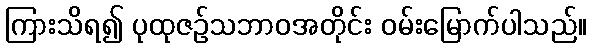
ကြားသိရ၍ ပုထုဇဉ်သဘာဝအတိုင်း ဝမ်းမြောက်ပါသည်။